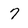
Character: 7